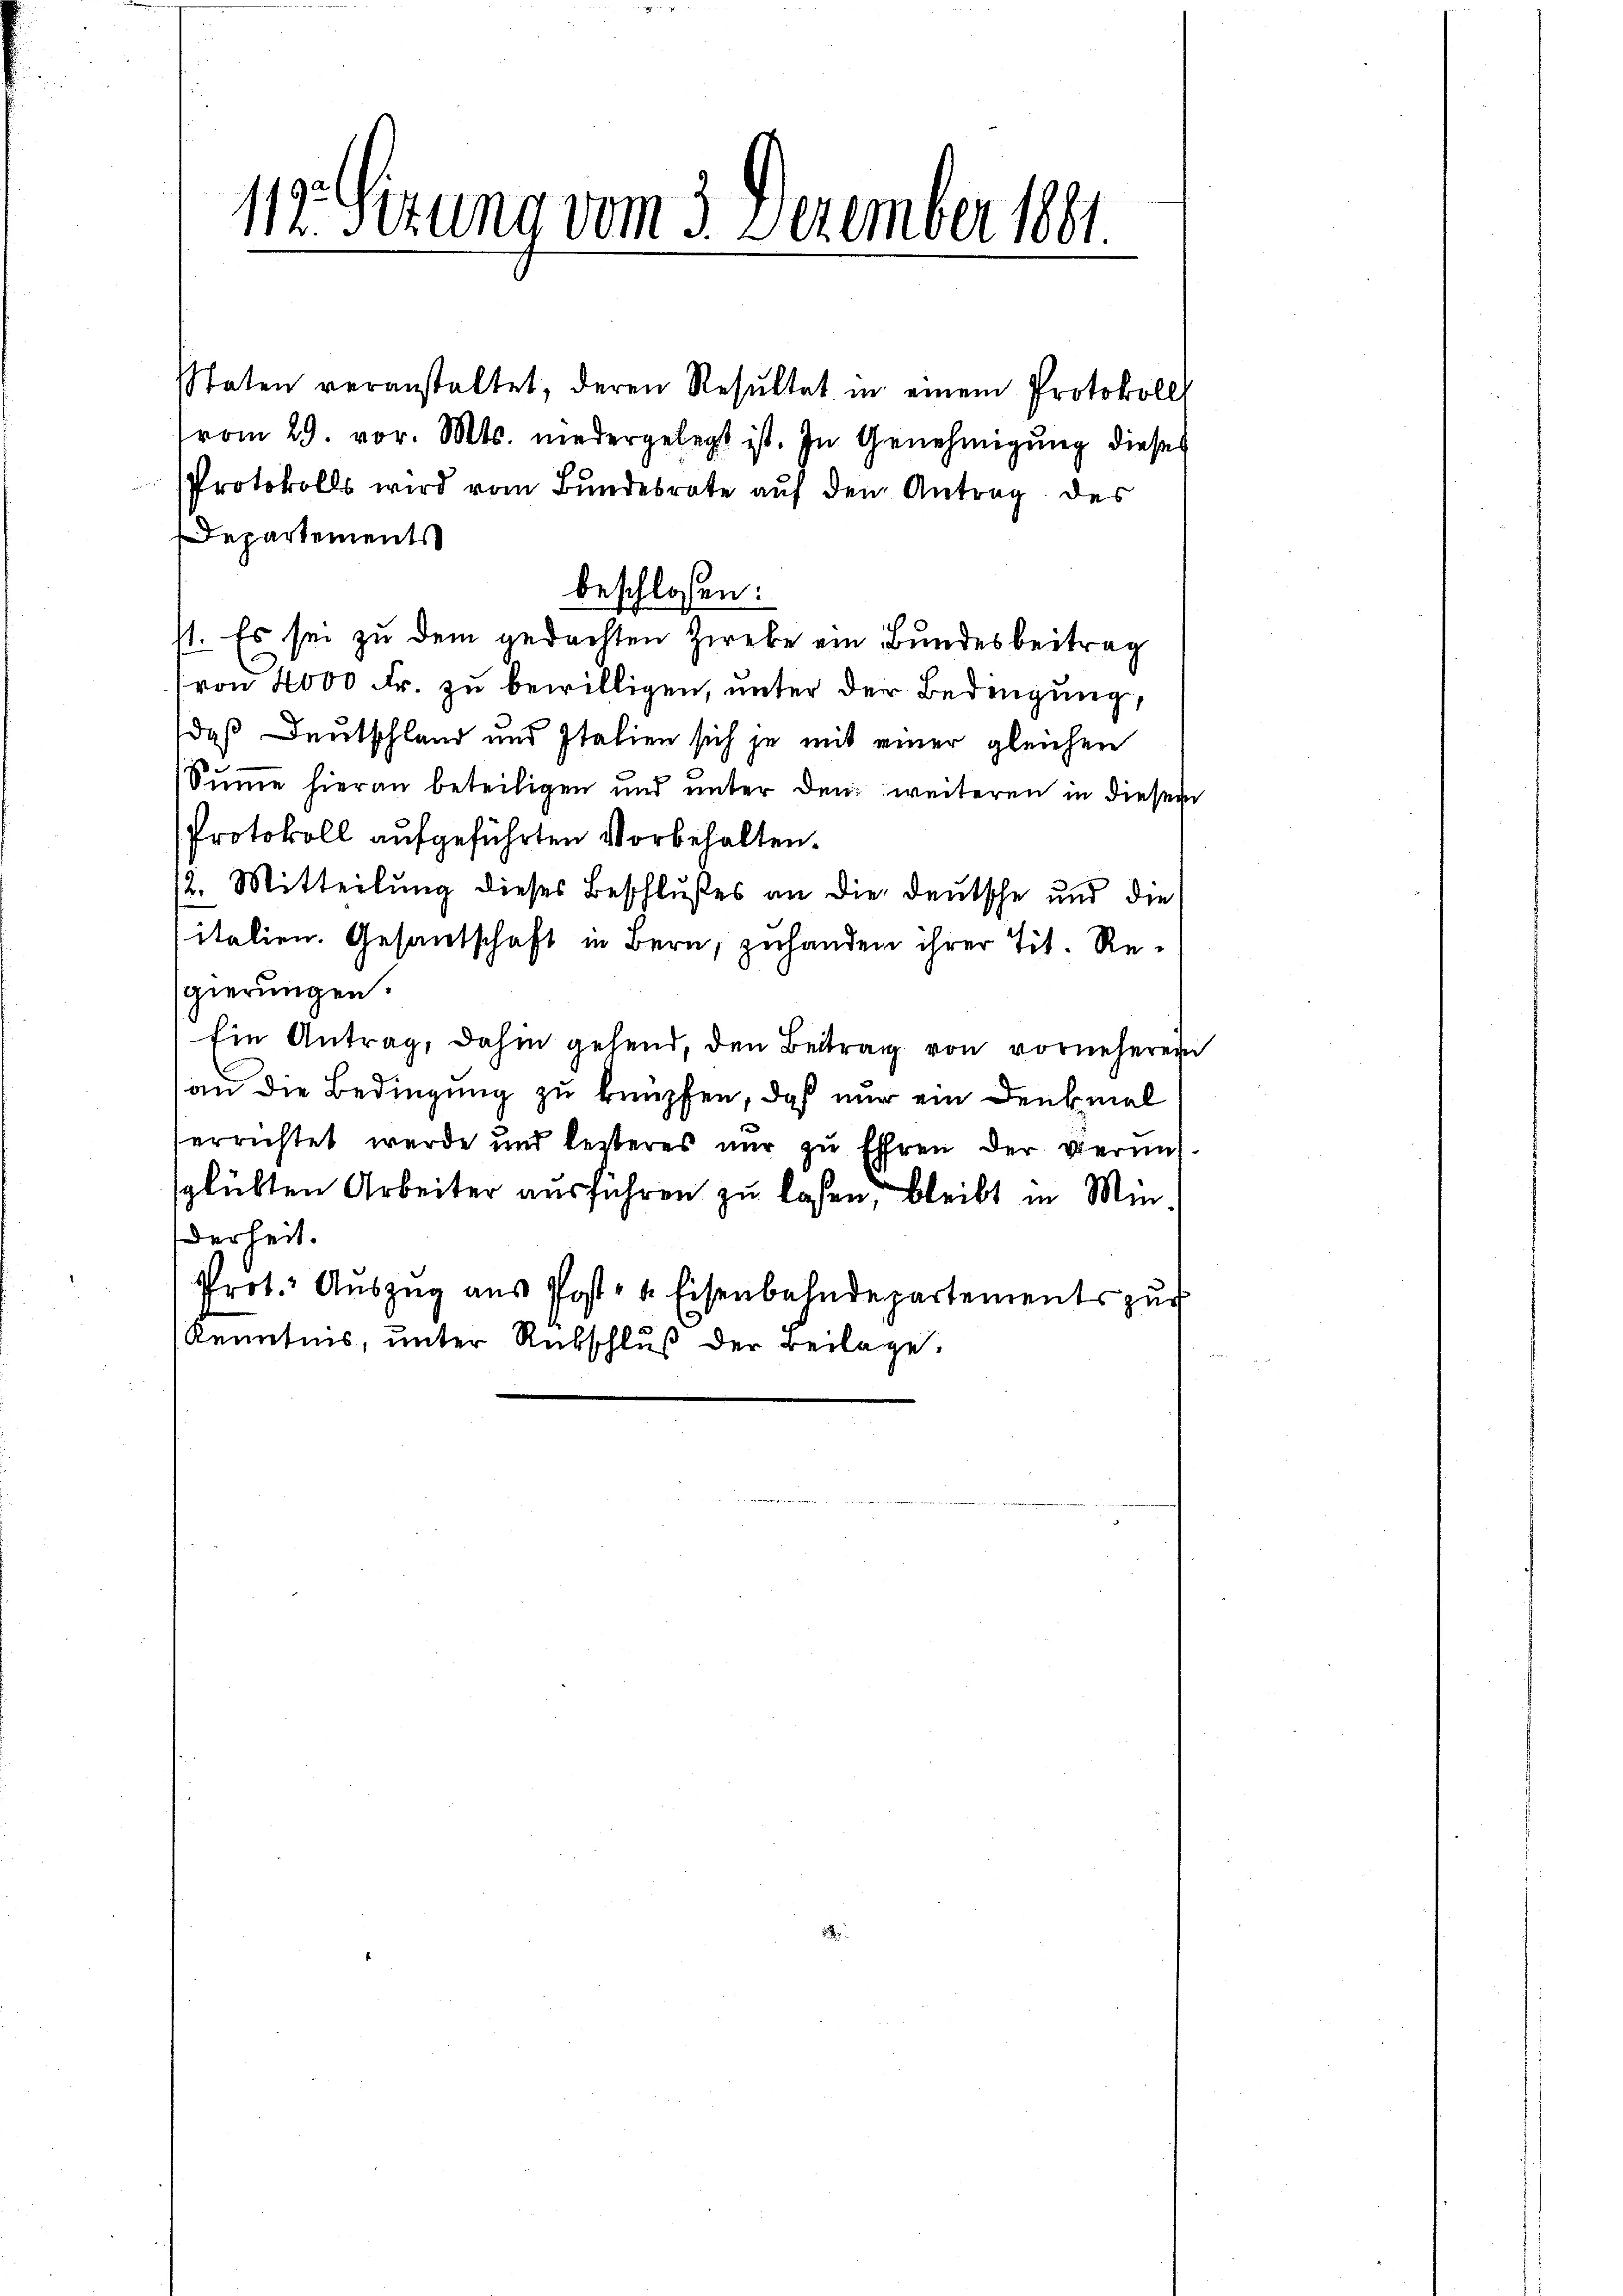
112. Sizung vom 3. Dezember 1881

Staten veranstaltet, deren Resŭltat in einem Protokoll
vom 29. vor. Mts. niedergelegt ist. In Genehmigung dieses
Protokolls wird vom Bundesrate auf den Antrag des
Departements
beschlossen:
st. Es sei zu dem gedachten Zweke ein Bundesbeitrag
von 4000 Fr. zu bewilligen, unter der Bedingung,
daß Deutschland und Italien sich je mit einer gleichen
Summe hieran beteiligen und unter den weiteren in diesem
Protokoll aufgeführten Vorbehalten.
12. Mitteilung dieses Beschlußes an die deutsche und die
italien. Gesantschaft in Bern, zuhanden ihrer Tit. Regierungen.
Ein Antrag, dahin gehend, den Beitrag von vornehmen
an die Bedingung zu knüpfen, daß nur ein Denkmal
errichtet werde und lezteres nur zu Ehren der vermitsplübten Arbeiter ausführen zu lassen, bleibt in Minderheit.
Prot. Auszug aus Post- & Eisenbahndepartements zur
Kenntnis, unter Rubschluß der Beilage.